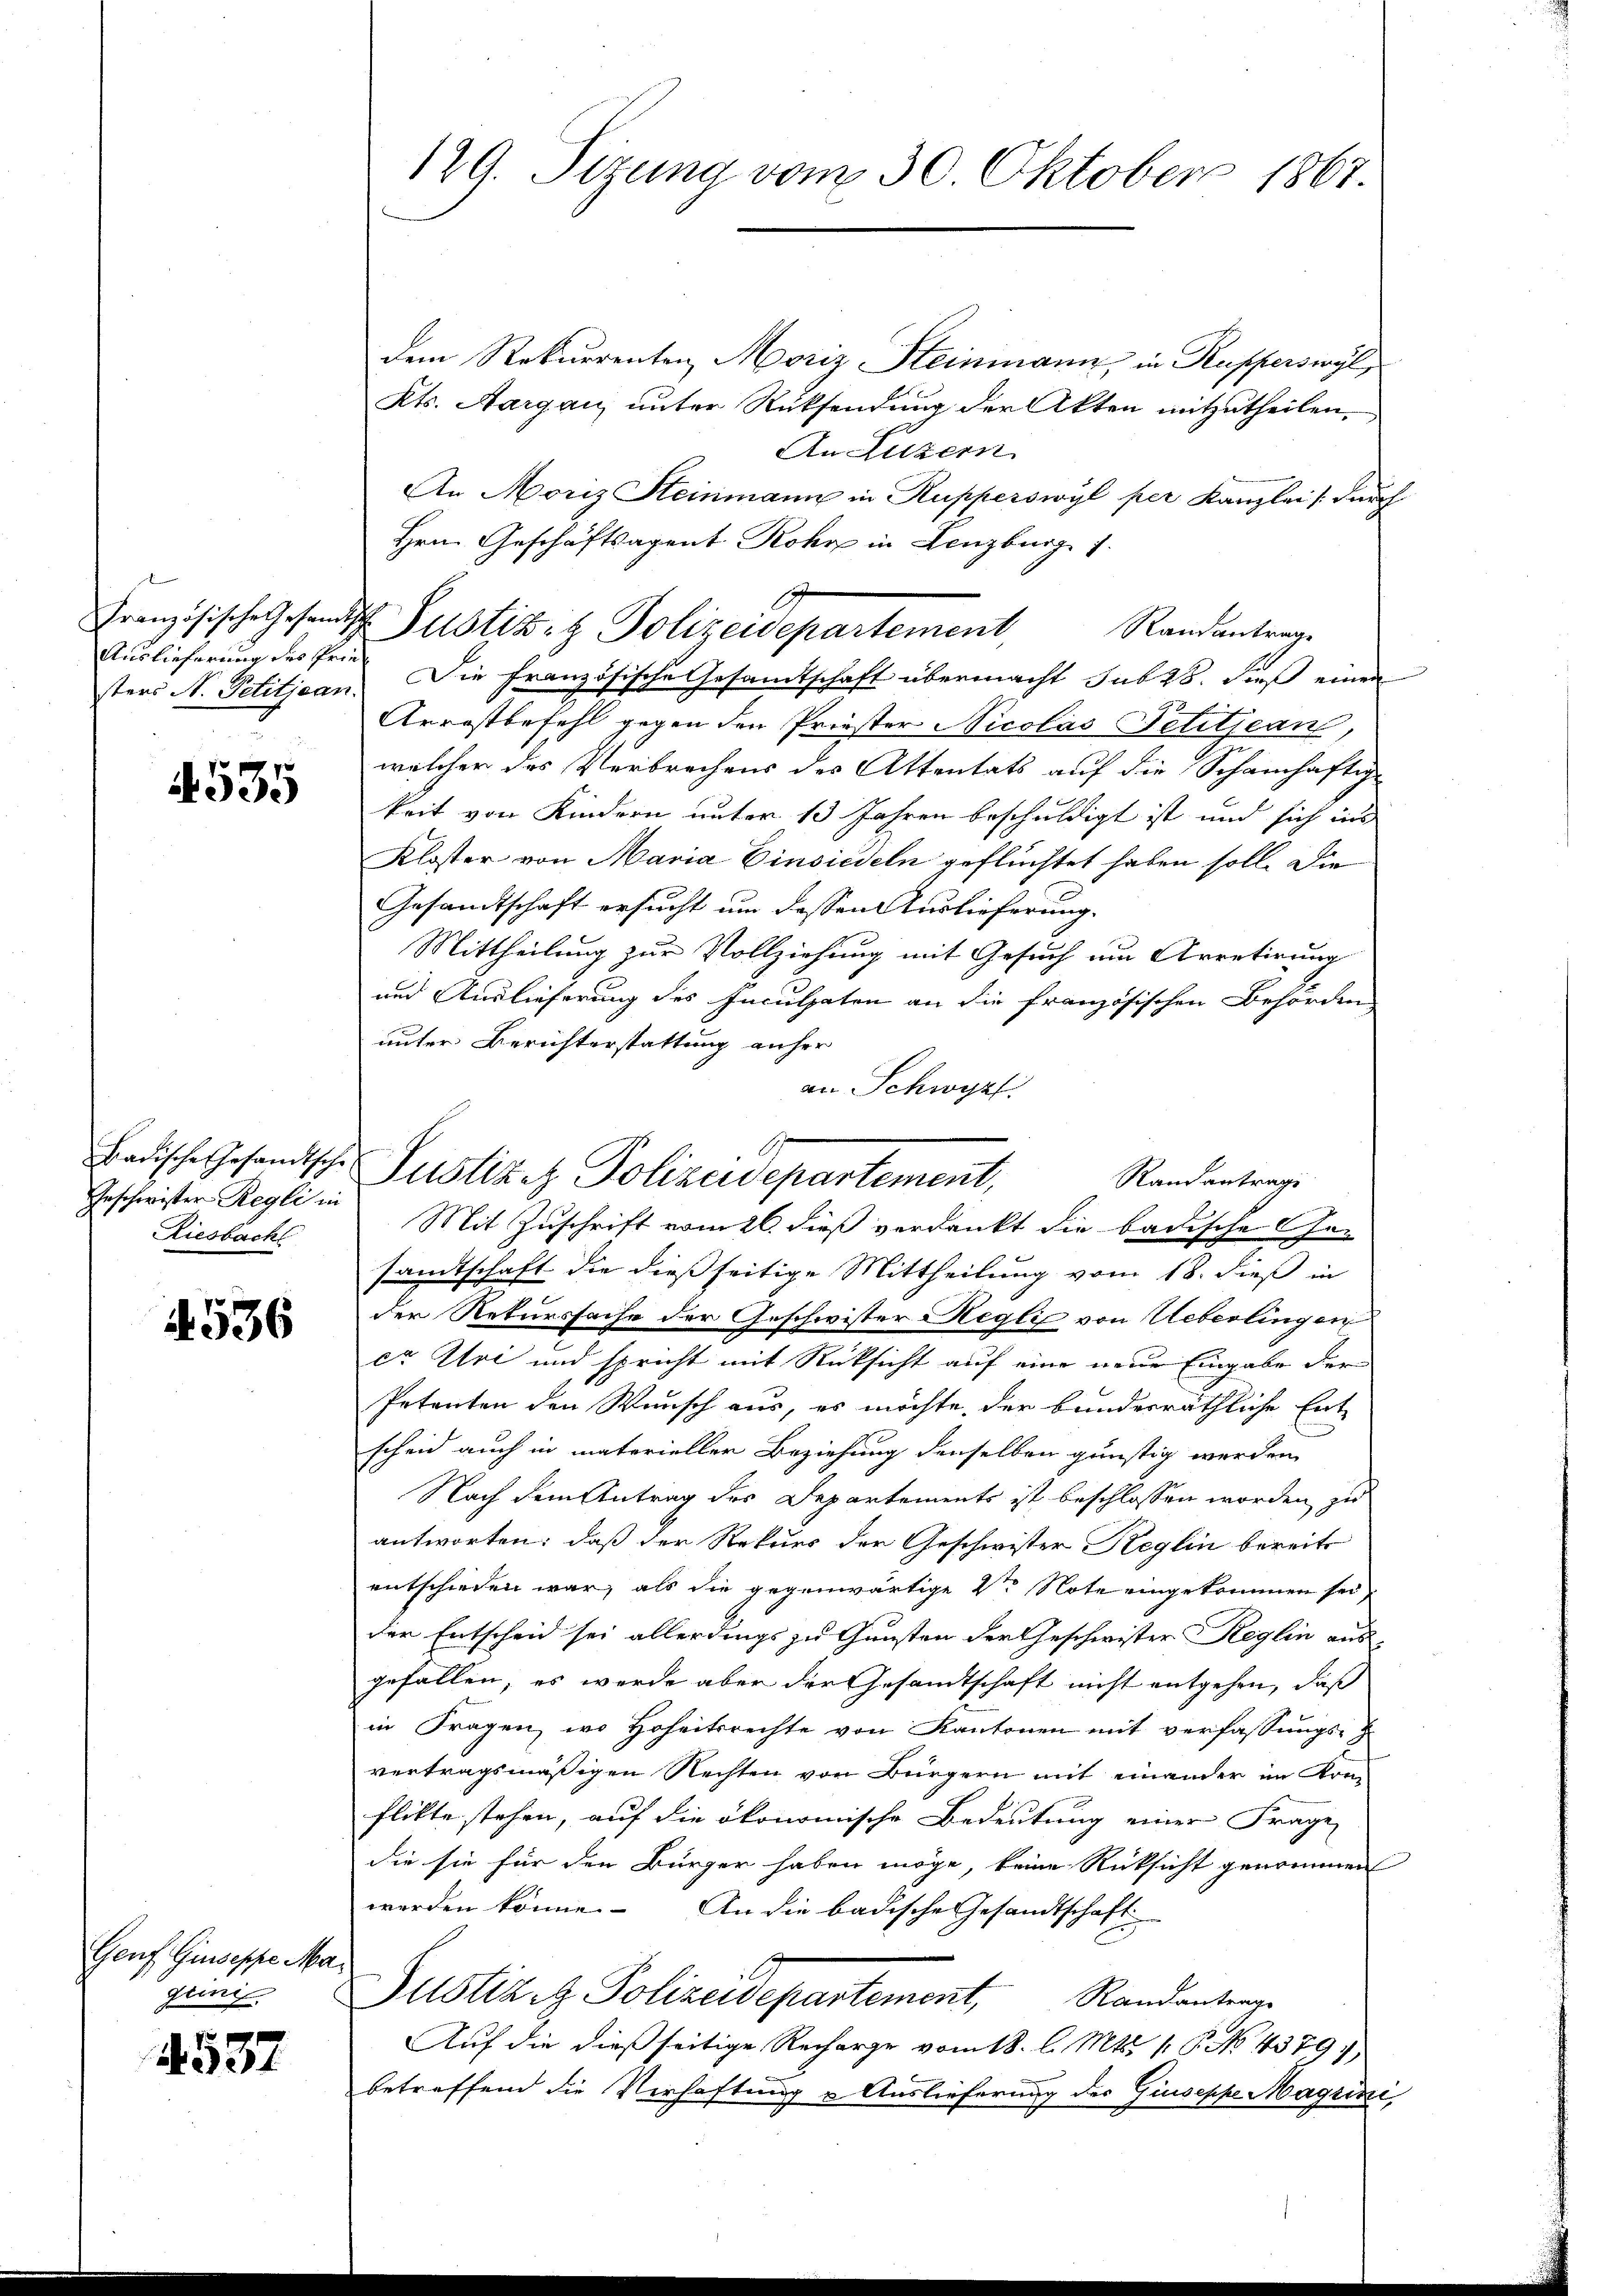
Auslieferung des Pried

535

Geschwister Regli in
Riesbach

1536

Genf Giuseppe Mageini
537

129. Sitzung vom 30. Oktober 1867.

dem Rekurrenten, Moriz Steinmann, in Rapperswyl,
Kts. Aargau unter Rücksendung der Akten mitzutheilen.
An Luzern
An Moriz Steinmann in Rupperswyl per Kanzlei (durch
Hrn. Geschäftsagent Rohr in Lenzburg 1.
Randantrage
sters N. Petitjean. Die französische Gesandtschaft übermacht sub 28. Fieß einen
Arrestbefehl gegen den Priester Nicolas Petitjean,
welcher das Verbrechens des Attentats auf die Schamhaftige
keit von Kindern unter 13 Jahren beschuldigt ist und sich ins
Kloster von Maria Einsiedeln geflüchtet haben soll. Die
Gesandtschaft ersucht um dessen Auslieferung.
Mittheilung zur Vollziehung mit Gesuch um Arretirung
und Auslieferung des Inculpaten an die französischen Behörden
unter Berichterstattung anher
sandtschaft die dießseitige Mittheilung vom 18. dieß in
der Rekurssache der Geschwister Regli von Ueberlingen
co Uri und spricht mit Rücksicht auf eine neue Eingabe der
Petenten den Wunsch aus, es möchte der bundesräthliche Ent-
scheid auch in materieller Beziehung denselben günstig werden
Nach dem Antrag des Departements ist beschlossen worden zu
antworten: daß der Rekurs der Geschwister Reglin bereits
entschieden war, als die gegenwärtige Vor Note eingekommen sei,
der Entscheid sei allerdings zu Gunsten der Geschwister Reglin aus
gefällen, es werde aber der Gesandtschaft nicht entgehen, daß
in Fragen, wo Hoheitsrechte von Kantonen mit verfassungs-
vertragsmäßigen Rechten von Bürgern mit einander im Krei
flikte stehen, auf die ökonomische Bedeutung einer Frage
die sie für den Bürger haben möge, keine Rücksicht genommen
werden könne. An die badische Gesandtschaft
Justiz z. Polizeidepartement, Randantrage
Auf die dießseitige Recharge vom 18. l. Mts. v. P. No. 4379.
betreffend die Verhaftung u Auslieferung des Giuseppe Magini

an Schwyzt.
badische Gesandische Sistiket Polizeidepartement,
Randantrage
Mit Zuschrift vom 26. dieß verdankt die badische Ge-

Französische Gesandts Justiz- & Polizeidepartement,

9

n